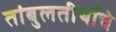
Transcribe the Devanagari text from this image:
तांबुलतीर्थाचे